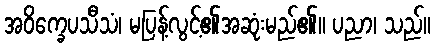
အဝိက္ခေပသီသံ၊ မပြန့်လွင့်၏အဆုံးမည်၏။ ပညာ၊ သည်။